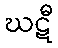
ဃဋီ